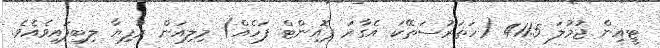
ޓީއިން ޖުމުލަ 411.5 (ހަތަރުސަތޭކަ އެގާރަ ޕޮއިންޓް ފަހެއް) މިލިއަން ރުފިޔާ ލިބިފައިވެއެވެ.